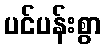
ပင်ပန်းစွာ